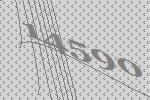
14590